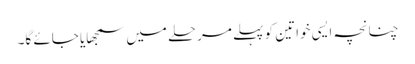
چنانچہ ایسی خواتین کو پہلے مرحلے میں سمجھایا جائے گا۔